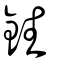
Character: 鉎